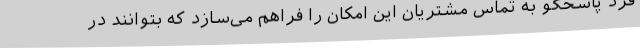
فرد پاسخگو به تماس مشتریان این امکان را فراهم می‌سازد که بتوانند در